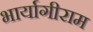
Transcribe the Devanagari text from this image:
भार्यागीराम